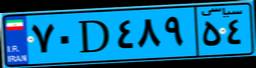
۸۹D۷۵۸۱۲